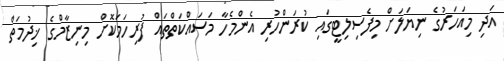
އަދި މިއަހަރުގެ ނިޔަލަށް މިފެސިލިޓީގައި ކުރަންހުރި އެންމެހާ މަސައްކަތްތައް ފުރިހަމަކޮށް މިނިޒާމްގެ ޚިދުމަތް